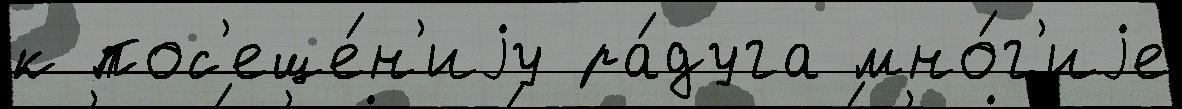
к пос'еще́н'иjу ра́дуга мно́г'иjе